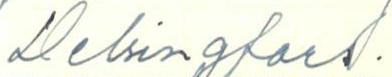
Helsingfors.